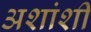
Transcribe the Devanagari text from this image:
अशांशी